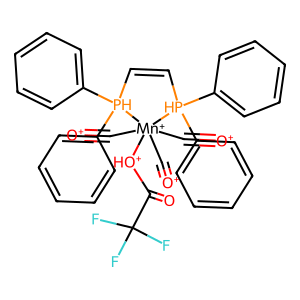
SMILES: O=C([OH+][Mn+]1(C#[O+])(C#[O+])(C#[O+])[PH](c2ccccc2)(c2ccccc2)C=C[PH]1(c1ccccc1)c1ccccc1)C(F)(F)F
Inhibits HIV replication: No